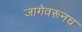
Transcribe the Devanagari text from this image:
जागेवरूनच